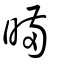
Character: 暪